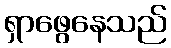
ရှာဖွေနေသည်